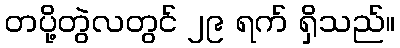
တပို့တွဲလတွင် ၂၉ ရက် ရှိသည်။